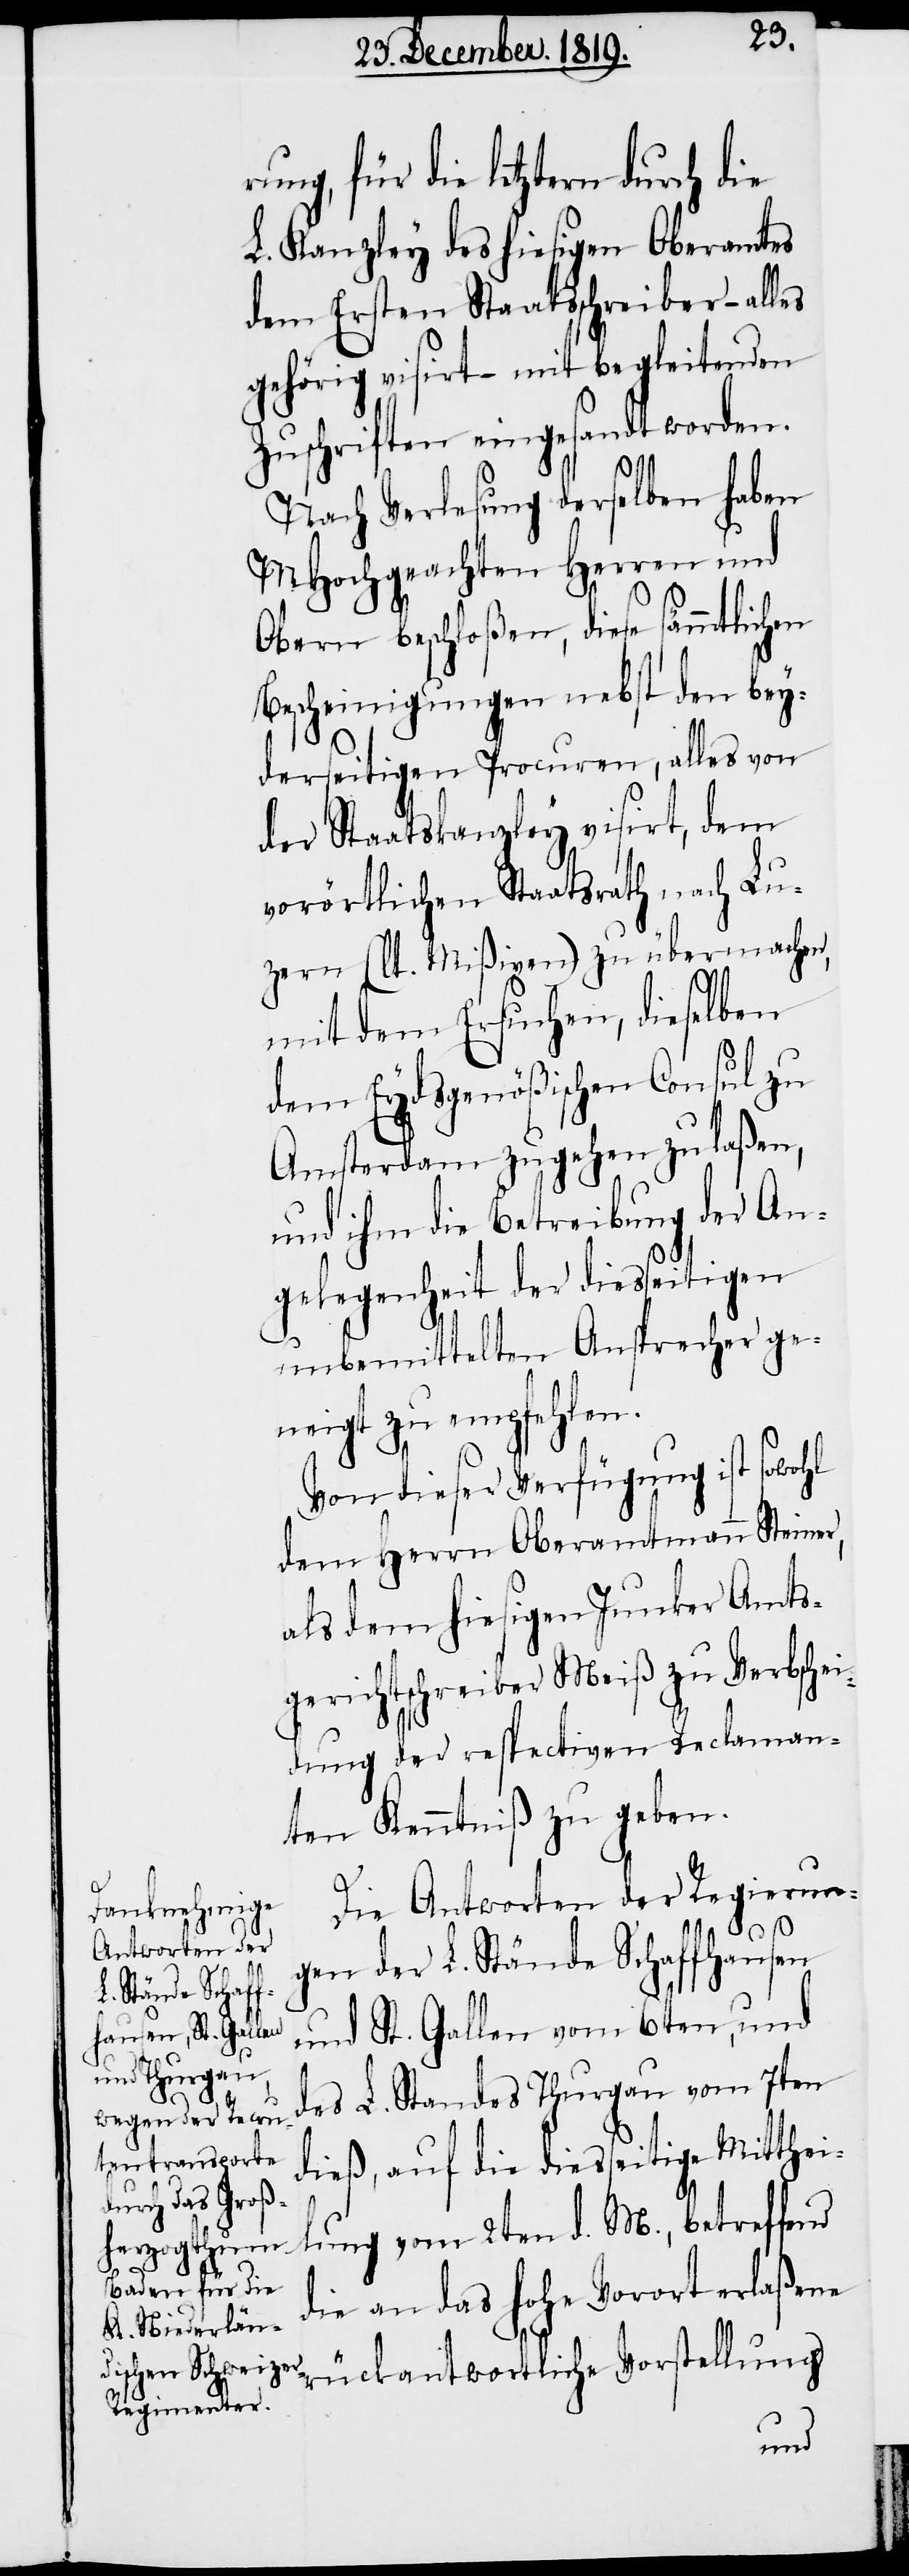
r¬

ung, für die letztern durch die
L. Kanzley des hiesigen Oberamtes
dem Ersten Staatsschreiber – alles
gehörig visirt – mit begleitenden
Zuschriften eingesandt worden.
Nach Verlesung derselben haben
MHochgeachten Herren und
Obern beschloßen, diese sämmtlichen
Bescheinigungen nebst den bey¬
derseitigen Procuren, alles von
der Staatskanzley visirt, dem
vorörtlichen Staatsrath nach Lu¬
zern (lt. Mißiven) zu übermachen,
mit dem Ersuchen, dieselben
dem Eydsgenößischen Consul zu
Amsterdam zugehen zu laßen,
und ihm die Betreibung der An¬
gelegenheit der diesseitigen
unbemittelten Ansprecher ge¬
neigt zu empfehlen.
Von dieser Verfügung ist sowohl
dem Herrn Oberamtmann Steiner,
als dem hiesigen Junker Amts¬
gerichtschreiber Meiß zu Verbschei¬
dung der respectiven Reclaman¬
ten Kenntniß zu geben.
Die Antworten der Regierun¬
gen der L. Stände Schaffhausen
und St. Gallen vom 6ten, und
des L. Standes Thurgau vom 7ten
dieß, auf die diesseitige Mitthei¬
lung vom 2ten d. M., betreffend
die an das hohe Vorort erlaßene
rückantwortliche Vorstellung